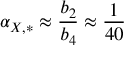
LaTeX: \alpha _ { X , * } \approx \frac { b _ { 2 } } { b _ { 4 } } \approx \frac { 1 } { 4 0 }